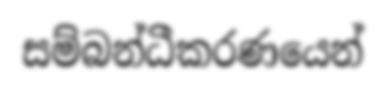
සම්බන්ධීකරණයෙන්